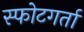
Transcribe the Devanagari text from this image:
स्फोटगर्ता